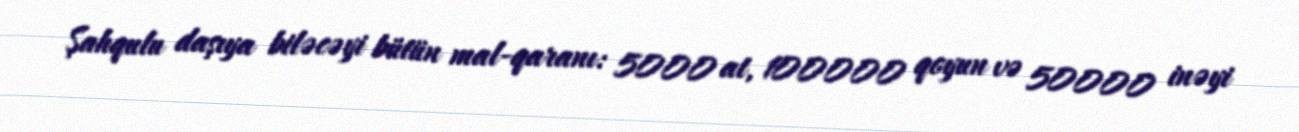
Şahqulu daşıya biləcəyi bütün mal-qaranı: 5000 at, 100000 qoyun və 50000 inəyi